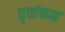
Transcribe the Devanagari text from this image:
वृतांकन